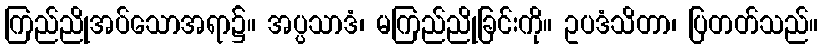
ကြည်ညိုအပ်သောအရာ၌။ အပ္ပသာဒံ၊ မကြည်ညိုခြင်းကို။ ဥပဒံသိတာ၊ ပြတတ်သည်။